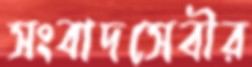
সংবাদসেবীর